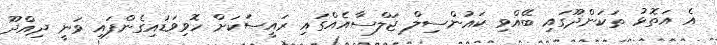
އެ އަތޮޅު ތަކަންދޫގައި ބޭއްވި ކައުންސިލް ޖަލްސާއެއްގައި ރައީސަކަށް ހޮވިވަޑައިގެންފައި ވަނީ ދިއްދޫ